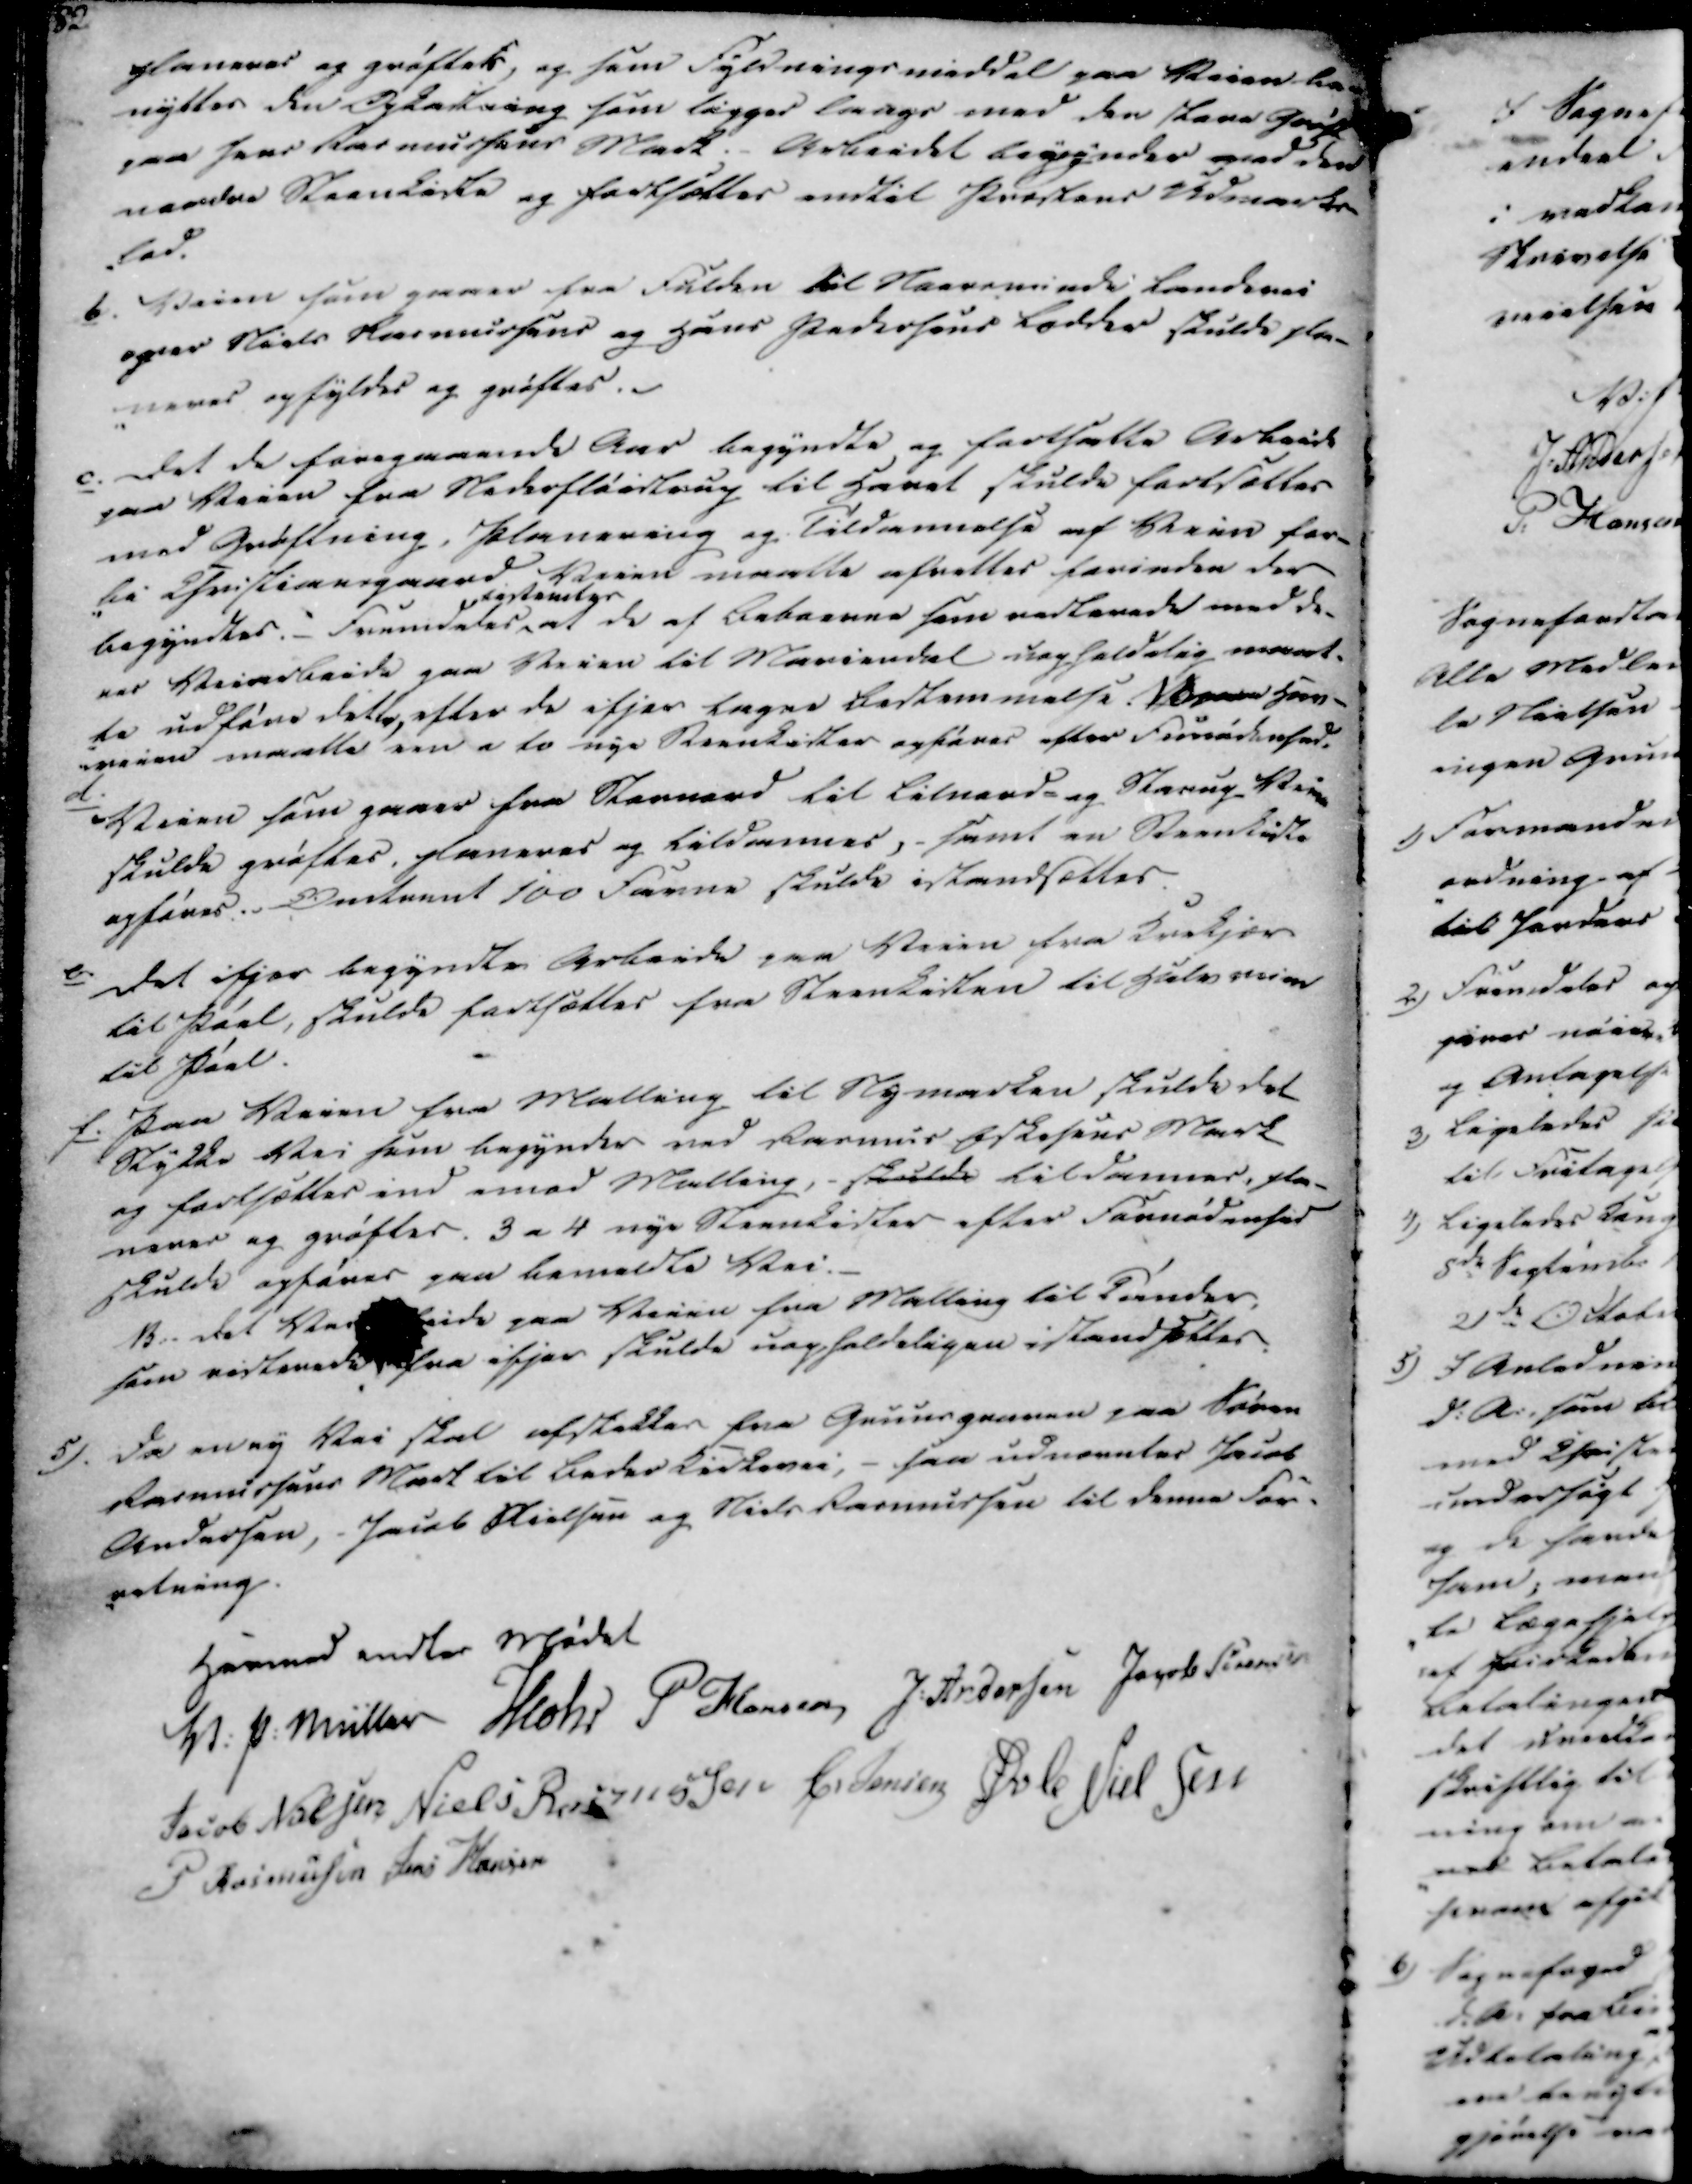
Transskription:
planeres og grøftets, og som Fyldningsmiddel paa Veien be-
nyttes den Opkastning som ligger langs med den store Grøft
paa Jens Rasmussens Mark. - Arbeidet egyndes ved den
nordre Steenkiste og fortsættes endtil Præstens Udmarks-
lod.

b.

Veien som gaaer fra Fulden til Norsminde Landevei
ogver Niels Rasmussens og Hans Pedersens Lodder skulde pla-
-neres opfyldes og grøftes.

c.

Det de foregaaende Aar begyndte og fortsatte Arbeide
paa Veien fra Nederfløistrup til Havet skulde fortsættes
med Grøftning, Planering og Tildæmmelse af Veien for-
-bi Christiansgaard. Veien maatte afrettes forinden der
begyndtes. Fremdeles tastamter at de af Beboerne som resterede med de-
res Veiarbeide paa Veien til Mariendal uegholddig maat-
te udføre dette, efter de ifjor lagne Bestemmelse.  Han-
-veien maatte een af to nye Steenkister opføres efter Formørkensed.

d.

Veien som gaaer fra Stornord til Lilnord- og Starup. Veien
skulde grøftes, planeres og tildemmes,- samt en Steenkiste
opføres. Omtrent 100 Favne skulde istandsættes.

e.

Det ifjor begyndte Arbeide paa Veien fra Krekjær
til Pøel, skulde fortsættes fra Steenkisten til Halvveien
til Pøel.

f.

Paa Veien fra Malling til Nymarken skulde det
Stykke Vei som begynder ved Rasmus Eskesens Mark
og fortsættes ind imod Malling, - skulde tildammes, pla-
neres og grøftes. 3 a 4 nye Steenkister efter Fornødenhed
skulde opføres paa bemeldte Vei.
B. Det Vei
eide paa Veien fra Malling til Tønder,
som resterede fra ifjor skulde uagholdelingen istandsættes.

5).

Da en ny Vei skal afstekkes fra Gruusgraven paa Søren
Rasmussens Mark til Beder Kirkevei, - saa udnævntes Jens
Andersen, Jacob Nielsen og Niels Rasmussen til denne For-
retning.

Hermed endtes Mødet

V. P. Müller
Mohr
P Hansen
J. Andersen
Jacob Sørensen
Jacob Nielsen
Niels Rasmussen
C. Jensen
Øvle Nielsen
P Rasmussen
Jens Hansen